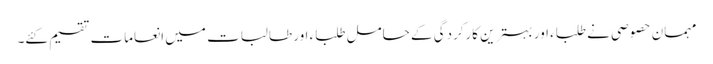
مہمان حصوصی نے طلباء اور بہترین کارکردگی کے حامل طلباء اور طالبات میں انعامات تقسیم کئے۔